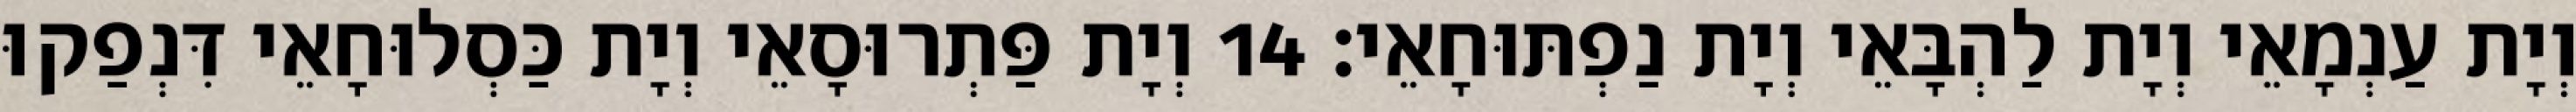
וְיָת עַנְמָאֵי וְיָת לַהְבָּאֵי וְיָת נַפְתּוּחָאֵי׃ 14 וְיָת פַּתְרוּסָאֵי וְיָת כַּסְלוּחָאֵי דִּנְפַקוּ